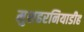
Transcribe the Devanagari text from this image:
मुशहरनियाडीह